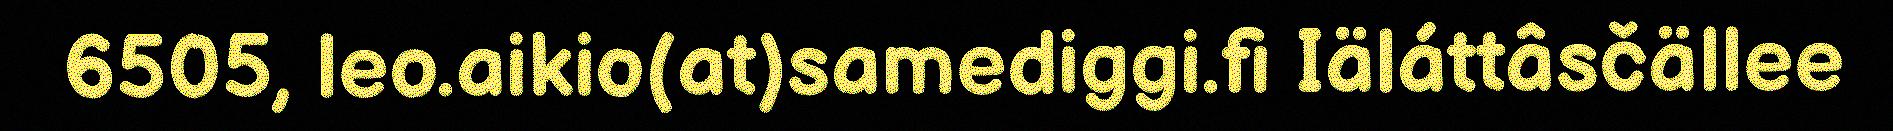
6505, leo.aikio(at)samediggi.fi Iäláttâsčällee